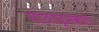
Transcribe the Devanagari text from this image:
पाठात्मकता